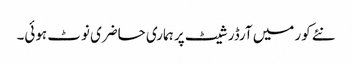
نئے کور میں آرڈر شیٹ پر ہماری حاضری نوٹ ہوئی۔